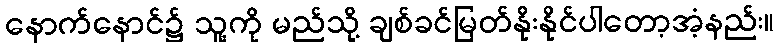
နောက်နောင်၌ သူ့ကို မည်သို့ ချစ်ခင်မြတ်နိုးနိုင်ပါတော့အံ့နည်း။